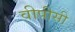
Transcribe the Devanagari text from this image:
वीपीसी